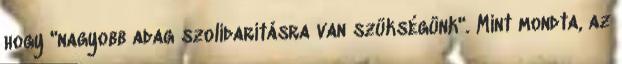
hogy "nagyobb adag szolidaritásra van szükségünk". Mint mondta, az